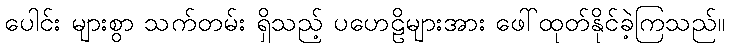
ပေါင်း များစွာ သက်တမ်း ရှိသည့် ပဟေဠိများအား ဖေါ်ထုတ်နိုင်ခဲ့ကြသည်။